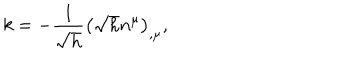
k = - \frac 1 { \sqrt { h } } \left( \sqrt { h } n ^ { \mu } \right) _ { , \mu } ,